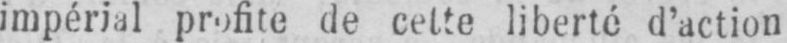
impérial profite de cette liberté d’action